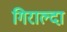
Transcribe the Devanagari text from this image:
गिराल्दा